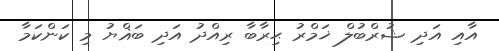
އާއި އަދި ޝުރްބުލް ޚަމްރު ޙިރާބާ ރިއްދު އަދި ބަޣްޔު މި ކަންކަމާ